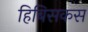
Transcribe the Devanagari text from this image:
हिबिसकस